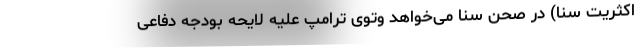
اکثریت سنا) در صحن سنا می‌خواهد وتوی ترامپ علیه لایحه بودجه دفاعی